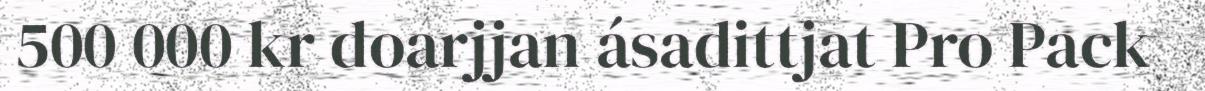
500 000 kr doarjjan ásadittjat Pro Pack